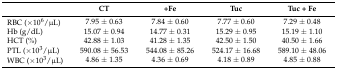
|  | CT | +Fe | Tuc | Tuc + Fe |
 | --- | --- | --- | --- | --- |
 | RBC (×106/μL) | 7.95 ± 0.63 | 7.84 ± 0.60 | 7.77 ± 0.60 | 7.29 ± 0.48 |
 | Hb (g/dL) | 15.07 ± 0.94 | 14.77 ± 0.31 | 15.29 ± 0.95 | 15.19 ± 1.10 |
 | HCT (%) | 42.88 ± 1.03 | 41.28 ± 1.35 | 42.50 ± 1.50 | 40.50 ± 1.66 |
 | PTL (×103/μL) | 590.08 ± 56.53 | 544.08 ± 85.26 | 524.17 ± 16.68 | 589.10 ± 48.06 |
 | WBC (×103/μL) | 4.86 ± 1.35 | 4.36 ± 0.69 | 4.18 ± 0.89 | 4.85 ± 0.88 |